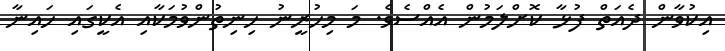
އިކުވާން ދެއަތް ފުޅާ ކޮށްލަމުން އެއްސެވެ. މަ މިހުރީނު ހިނިތުންވުމަކާއި އެކީގައި ހައިނާ